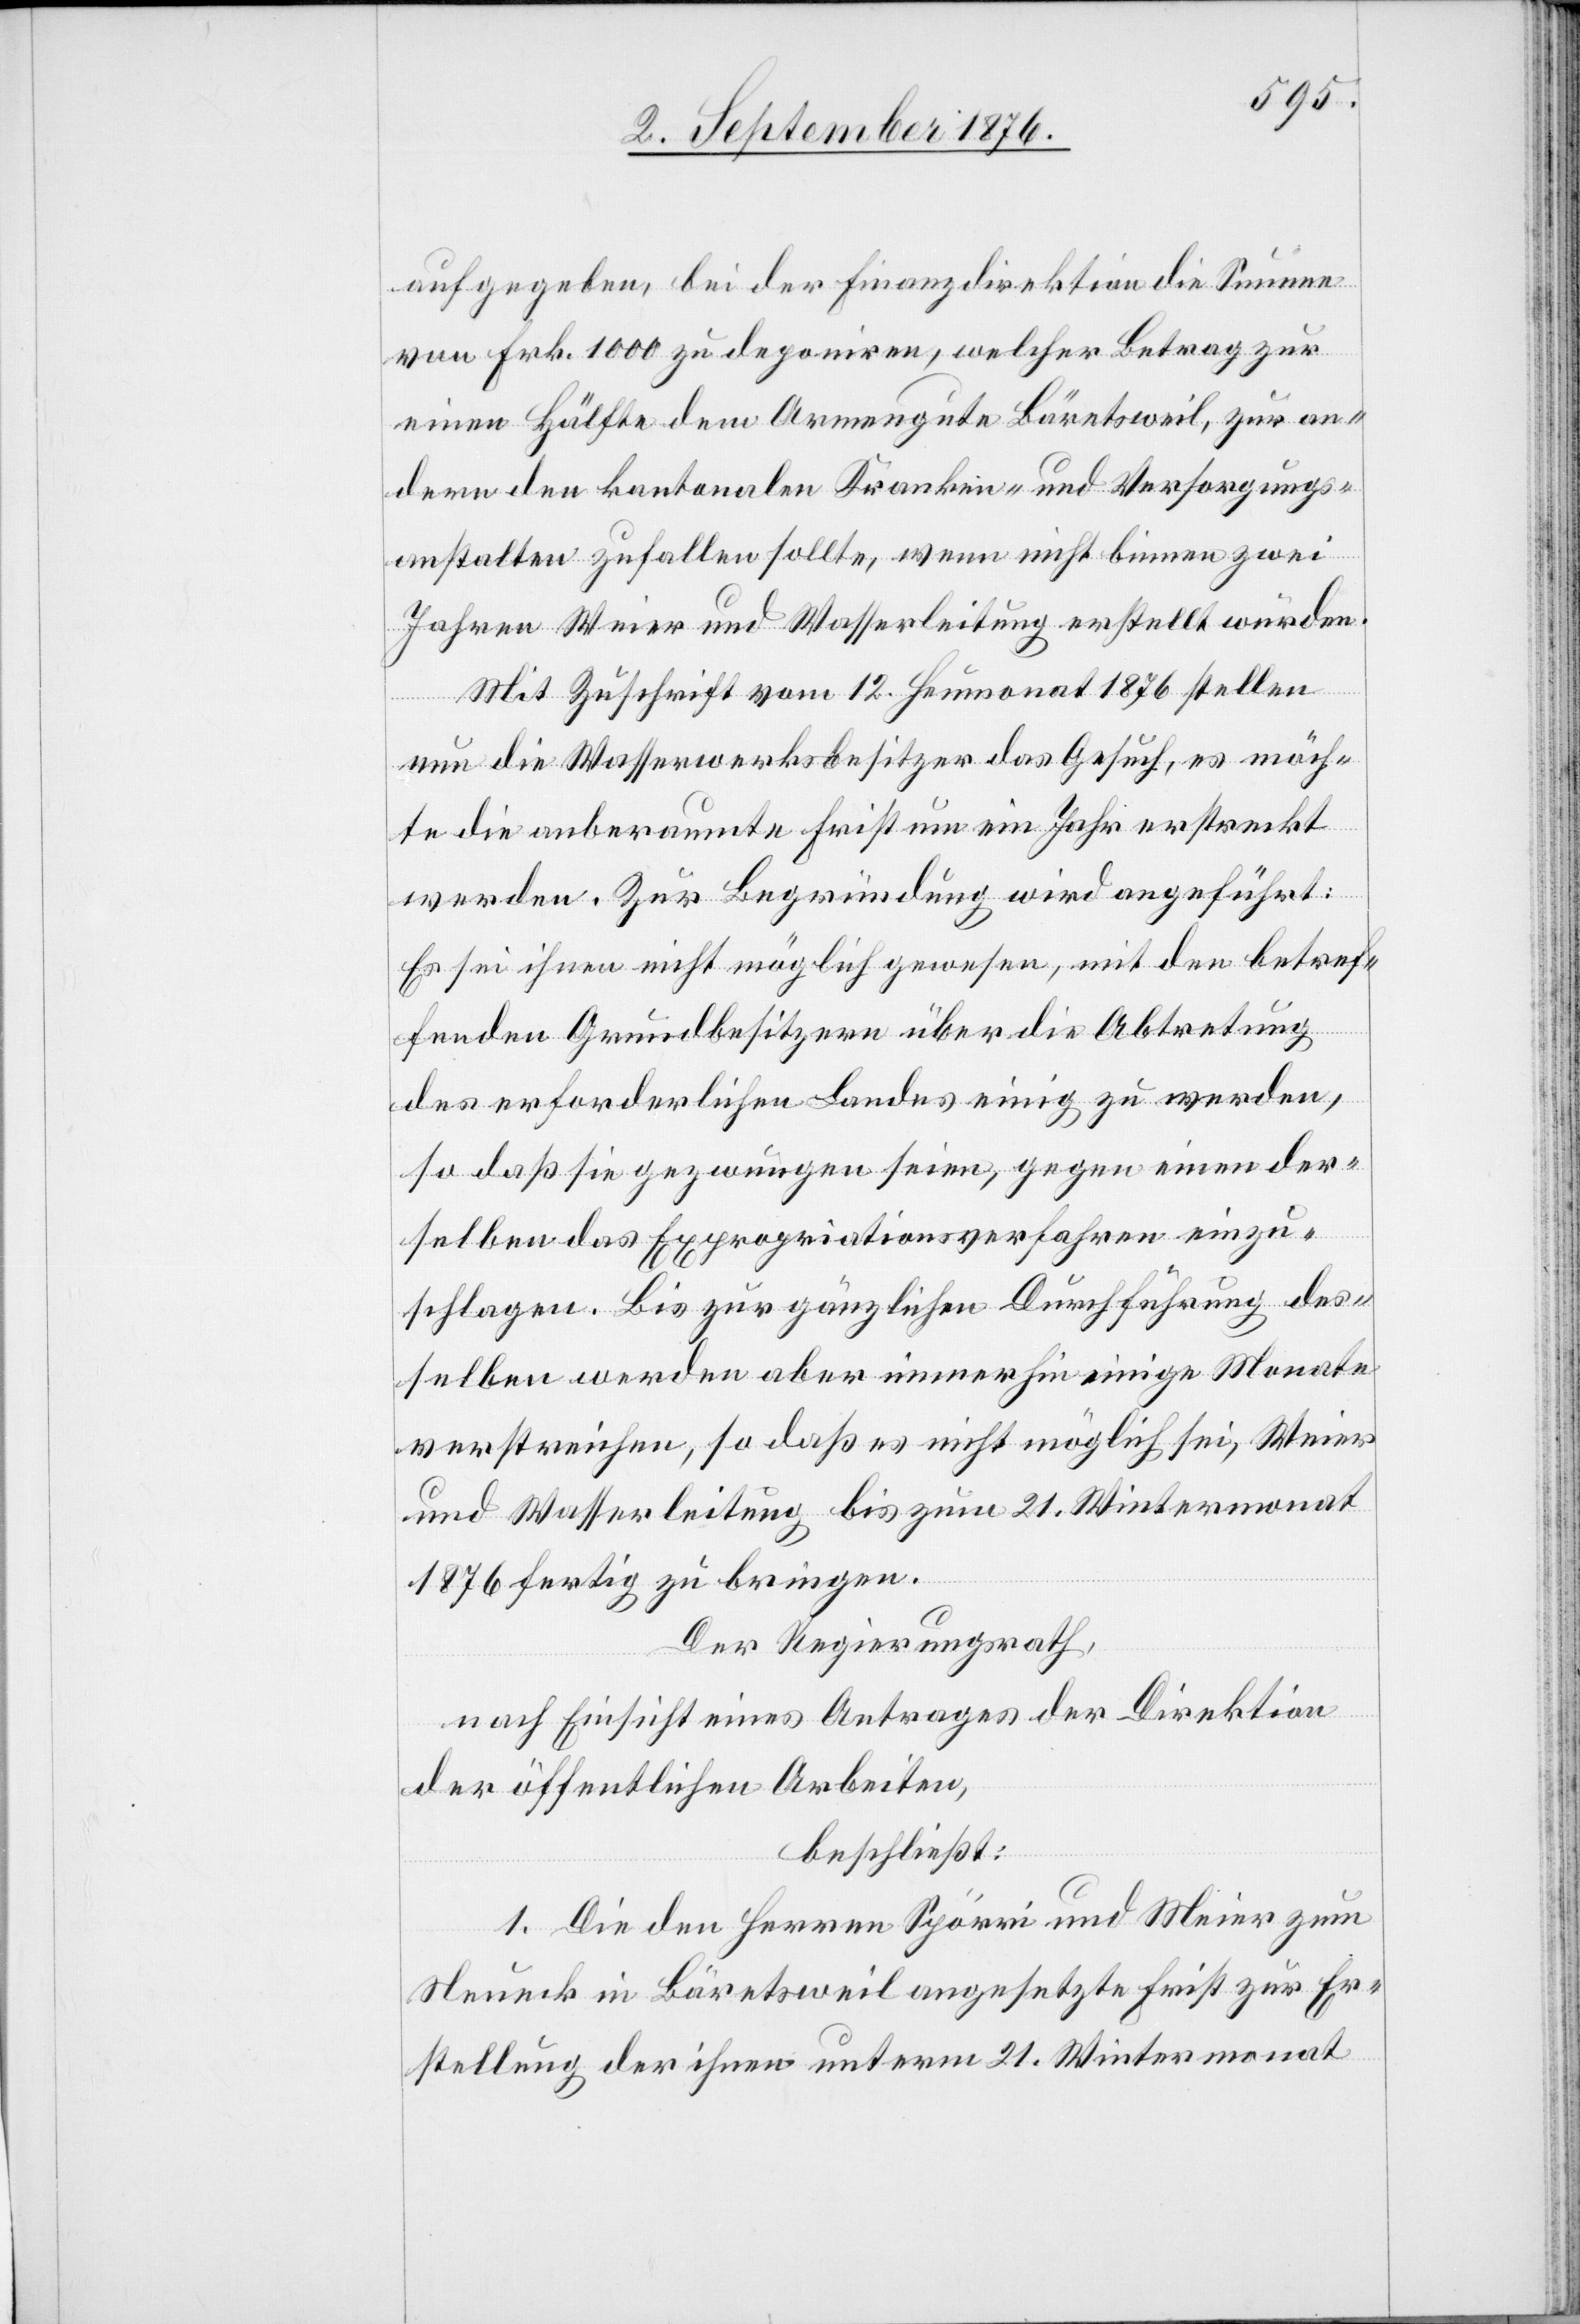
aufzugeben, bei der Finanzdirektion die Summe
von Frk. 1000 zu deponiren, welcher Betrag zur
einen Hälfte dem Armengute Bäretsweil, zur an¬
dern den kantonalen Kranken- und Versorgungs¬
anstalten zufallen sollte, wenn nicht binnen zwei
Jahren Weier und Wasserleitung erstellt würden.
Mit Zuschrift vom 12. Heumonat 1876 stellen
nun die Wasserwerksbesitzer das Gesuch, es möch¬
te die anberaumte Frist um ein Jahr erstreckt
werden. Zur Begründung wird angeführt:
Es sei ihnen nicht möglich gewesen, mit den betref¬
fenden Grundbesitzern über die Abtretung
des erforderlichen Landes einig zu werden,
so daß sie gezwungen seien, gegen einen der¬
selben das Expropriationsverfahren einzu¬
schlagen. Bis zur gänzlichen Durchführung des¬
selben werden aber immerhin einige Monate
verstreichen, so daß es nicht möglich sei, Weier
und Wasserleitung bis zum 21. Wintermonat
1876 fertig zu bringen.
Der Regierungsrath,
nach Einsicht eines Antrages der Direktion
der öffentlichen Arbeiten,
beschließt:
1. Die den Herren Spörri und Meier zum
Neueck in Bäretsweil angesetzte Frist zur Er¬
stellung der ihnen unterm 21. Wintermonat